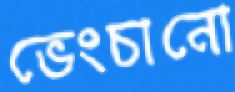
ভেংচানো